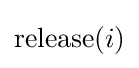
{\text{release}}(i)